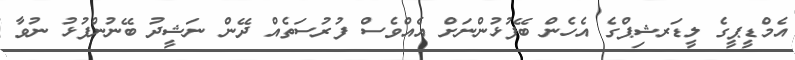
އެމްޑީޕީގެ ލީޑަރޝިޕްގެ އެހެން ބޭފުޅުންނަށް އެއްވެސް ފުރުސަތެއް ދޭން ނަޝީދު ބޭނުންފުޅު ނުވާ